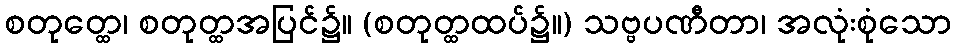
စတုတ္ထေ၊ စတုတ္ထအပြင်၌။ (စတုတ္ထထပ်၌။) သဗ္ဗပဏီတာ၊ အလုံးစုံသော